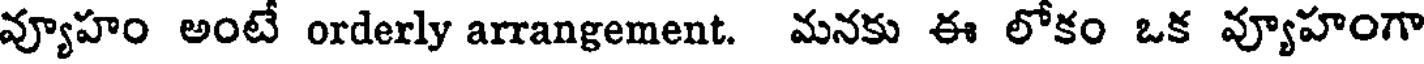
వ్యూహం అంటే orderly arrangement. మనకు ఈ లోకం ఒక వ్యూహంగా